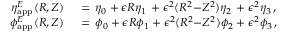
\begin{array} { r l } { \eta _ { \mathrm { a p p } } ^ { E } ( R , Z ) \, } & { { } = \, \eta _ { 0 } + \epsilon R \eta _ { 1 } \, + \epsilon ^ { 2 } ( R ^ { 2 } { - } Z ^ { 2 } ) \eta _ { 2 } \, + \epsilon ^ { 2 } \eta _ { 3 } \, , } \\ { \phi _ { \mathrm { a p p } } ^ { E } ( R , Z ) \, } & { { } = \, \phi _ { 0 } + \epsilon R \phi _ { 1 } + \epsilon ^ { 2 } ( R ^ { 2 } { - } Z ^ { 2 } ) \phi _ { 2 } + \epsilon ^ { 2 } \phi _ { 3 } \, , } \end{array}